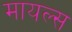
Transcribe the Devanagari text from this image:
मायल्स